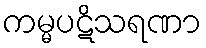
ကမ္မပဋိသရဏာ